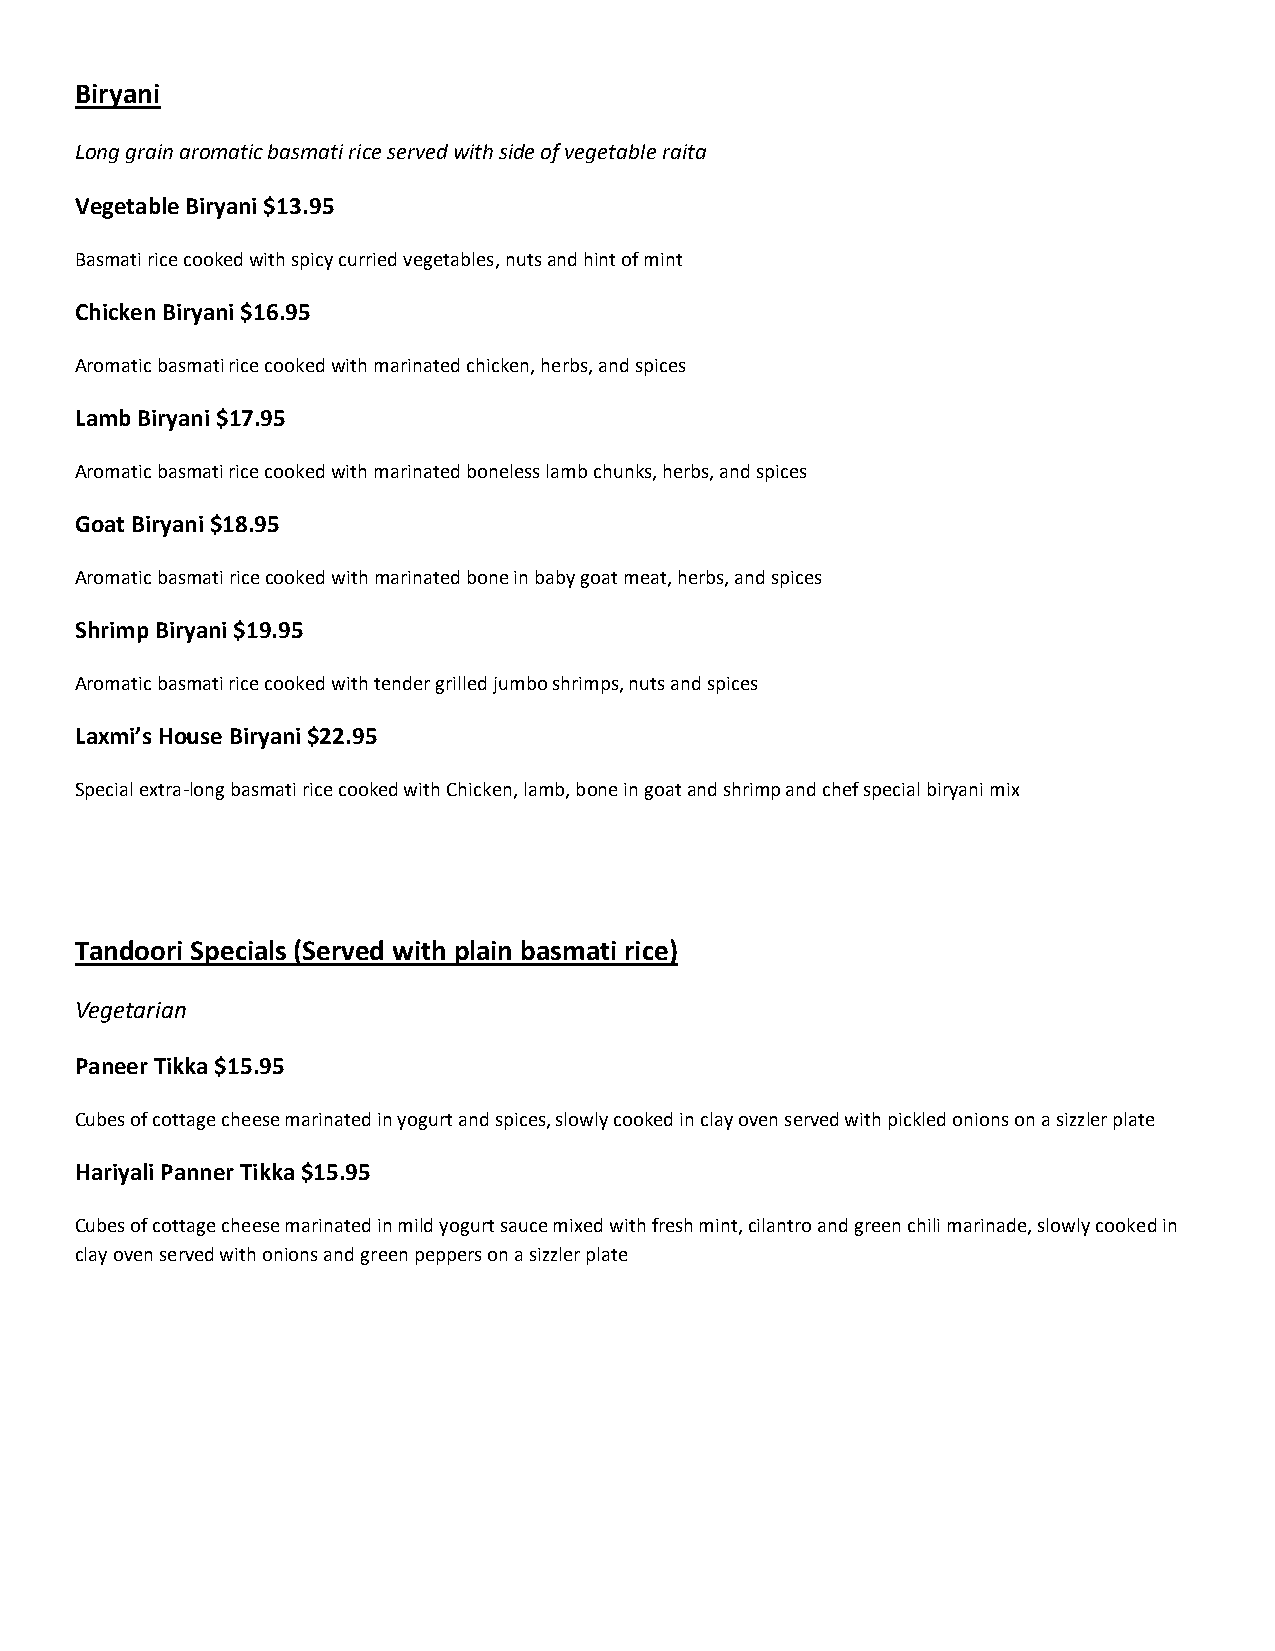
Biryani
 Long grain aromatic basmati rice served with side of vegetable raita
 Vegetable Biryani $13.95
 Basmati rice cooked with spicy curried vegetables, nuts and hint of mint
 Chicken Biryani $16.95
 Aromatic basmati rice cooked with marinated chicken, herbs, and spices
 Lamb Biryani $17.95
 Aromatic basmati rice cooked with marinated boneless lamb chunks, herbs, and spices
 Goat Biryani $18.95
 Aromatic basmati rice cooked with marinated bone in baby goat meat, herbs, and spices
 Shrimp Biryani $19.95
 Aromatic basmati rice cooked with tender grilled jumbo shrimps, nuts and spices
 Laxmi’s House Biryani $22.95
 Special extra-long basmati rice cooked with Chicken, lamb, bone in goat and shrimp and chef special biryani mix
 Tandoori Specials (Served with plain basmati rice)
 Vegetarian
 Paneer Tikka $15.95
 Cubes of cottage cheese marinated in yogurt and spices, slowly cooked in clay oven served with pickled onions on a sizzler plate
 Hariyali Panner Tikka $15.95
 Cubes of cottage cheese marinated in mild yogurt sauce mixed with fresh mint, cilantro and green chili marinade, slowly cooked in
 clay oven served with onions and green peppers on a sizzler plate